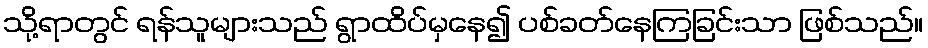
သို့ရာတွင် ရန်သူများသည် ရွာထိပ်မှနေ၍ ပစ်ခတ်နေကြခြင်းသာ ဖြစ်သည်။